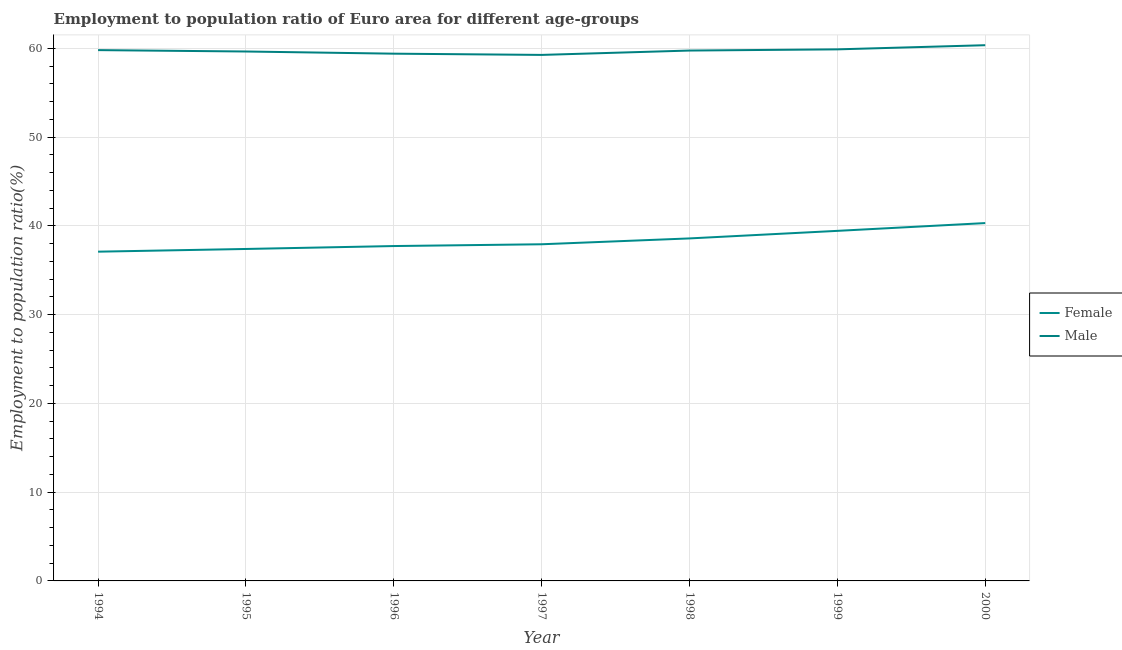
| Year | Female | Male |
 | --- | --- | --- |
 | 1994 | 37.1 | 59.8 |
 | 1995 | 37.4 | 59.7 |
 | 1996 | 37.7 | 59.4 |
 | 1997 | 37.9 | 59.3 |
 | 1998 | 38.6 | 59.8 |
 | 1999 | 39.4 | 59.9 |
 | 2000 | 40.3 | 60.4 |